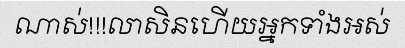
ណាស់!!!លាសិនហើយអ្នកទាំងអស់